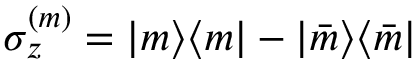
\sigma _ { z } ^ { ( m ) } = | m \rangle \langle m | - | \bar { m } \rangle \langle \bar { m } |